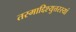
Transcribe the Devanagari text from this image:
तस्माद्दिश्युत्तरस्यां